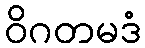
ဝိဂတမဒံ